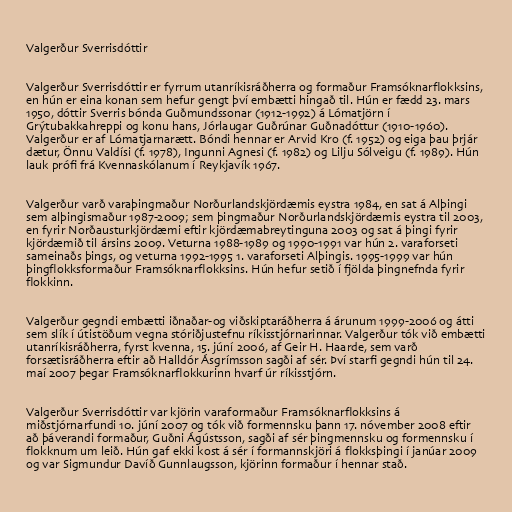
Valgerður Sverrisdóttir

Valgerður Sverrisdóttir er fyrrum utanríkisráðherra og formaður Framsóknarflokksins,
en hún er eina konan sem hefur gengt því embætti hingað til. Hún er fædd 23. mars
1950, dóttir Sverris bónda Guðmundssonar (1912-1992) á Lómatjörn í
Grýtubakkahreppi og konu hans, Jórlaugar Guðrúnar Guðnadóttur (1910-1960).
Valgerður er af Lómatjarnarætt. Bóndi hennar er Arvid Kro (f. 1952) og eiga þau þrjár
dætur, Önnu Valdísi (f. 1978), Ingunni Agnesi (f. 1982) og Lilju Sólveigu (f. 1989). Hún
lauk prófi frá Kvennaskólanum í Reykjavík 1967.

Valgerður varð varaþingmaður Norðurlandskjördæmis eystra 1984, en sat á Alþingi
sem alþingismaður 1987-2009; sem þingmaður Norðurlandskjördæmis eystra til 2003,
en fyrir Norðausturkjördæmi eftir kjördæmabreytinguna 2003 og sat á þingi fyrir
kjördæmið til ársins 2009. Veturna 1988-1989 og 1990-1991 var hún 2. varaforseti
sameinaðs þings, og veturna 1992-1995 1. varaforseti Alþingis. 1995-1999 var hún
þingflokksformaður Framsóknarflokksins. Hún hefur setið í fjölda þingnefnda fyrir
flokkinn.

Valgerður gegndi embætti iðnaðar-og viðskiptaráðherra á árunum 1999-2006 og átti
sem slík í útistöðum vegna stóriðjustefnu ríkisstjórnarinnar. Valgerður tók við embætti
utanríkisráðherra, fyrst kvenna, 15. júní 2006, af Geir H. Haarde, sem varð
forsætisráðherra eftir að Halldór Ásgrímsson sagði af sér. Því starfi gegndi hún til 24.
maí 2007 þegar Framsóknarflokkurinn hvarf úr ríkisstjórn.

Valgerður Sverrisdóttir var kjörin varaformaður Framsóknarflokksins á
miðstjórnarfundi 10. júní 2007 og tók við formennsku þann 17. nóvember 2008 eftir
að þáverandi formaður, Guðni Ágústsson, sagði af sér þingmennsku og formennsku í
flokknum um leið. Hún gaf ekki kost á sér í formannskjöri á flokksþingi í janúar 2009
og var Sigmundur Davíð Gunnlaugsson, kjörinn formaður í hennar stað.